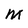
Character: m